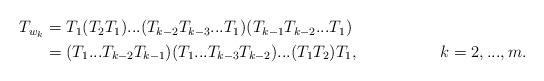
LaTeX: \begin{align*}\begin{aligned}T_{w_k}&=T_1(T_2T_1)...(T_{k-2}T_{k-3}...T_1)(T_{k-1}T_{k-2}...T_1)\\&=(T_{1}...T_{k-2}T_{k-1})(T_{1}...T_{k-3}T_{k-2})...(T_1T_2)T_1,~~~~~~~~~~~~~~~k=2,...,m.\end{aligned}\end{align*}